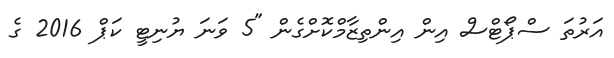
އަރުތަ ސްޕޯޓްސް އިން އިންތިޒާމްކޮށްގެން "5 ވަނަ ޔުނިޓީ ކަޕް 2016 ގެ